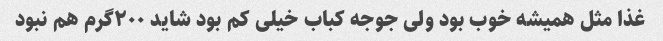
غذا مثل همیشه خوب بود ولی جوجه کباب خیلی کم بود شاید ۲۰۰گرم هم نبود